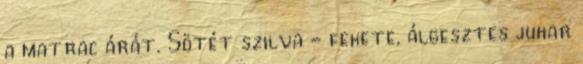
a matrac árát. Sötét szilva - fekete, álgesztes juhar